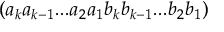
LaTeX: ( { a _ { k } } { a _ { k - 1 } } . . . { a _ { 2 } } { a _ { 1 } } { b _ { k } } { b _ { k - 1 } } . . . { b _ { 2 } } { b _ { 1 } } )